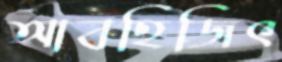
আবহিজিৎ